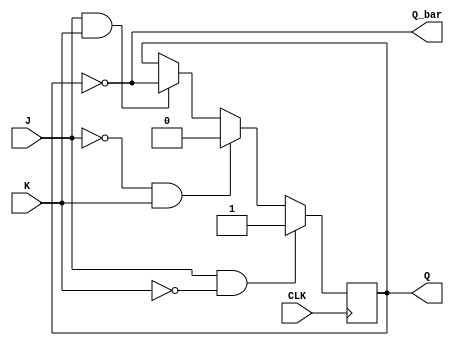
module JK_D(J,K,CLK,Q,Q_bar);
input  J, K,CLK;
  output reg Q;
  output Q_bar;

  always @(posedge CLK) begin
    if (J && !K)
      Q <= 1'b1;
    else if (!J && K)
      Q <= 1'b0;
    else if (J && K)
      Q <= ~Q;
  end

  assign Q_bar = ~Q;

endmodule
module JK_D(J,K,CLK,Q,Q_bar);
input  J, K,CLK;
  output reg Q;
  output Q_bar;
  
  always @(posedge clock) begin
    if (J && ~K) begin
      Q <= ~Q;
      Qn <= ~Q;
    end else if (~J && K) begin
      Q <= ~Q;
      Qn <= ~Q;
    end else if (J && K) begin

    end else begin

    end
  end

endmodule